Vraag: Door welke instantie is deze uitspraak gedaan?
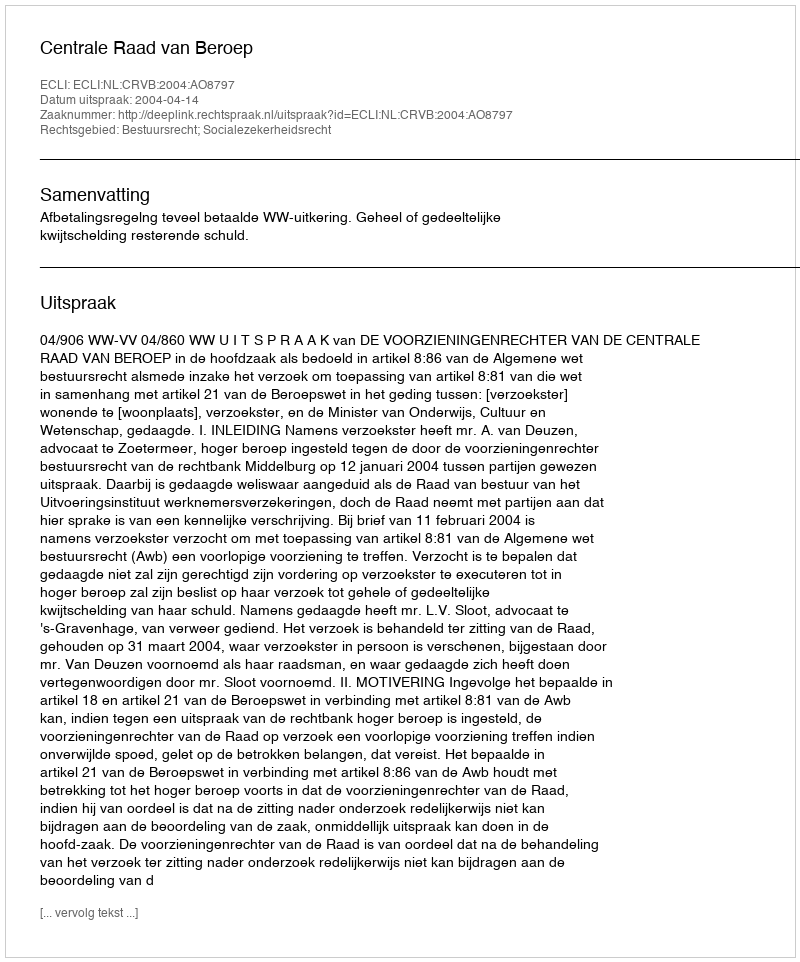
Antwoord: Centrale Raad van Beroep